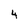
Character: 4